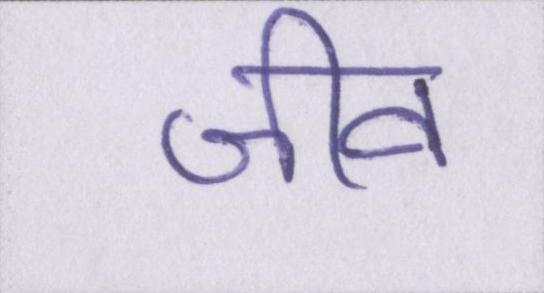
जीव